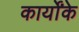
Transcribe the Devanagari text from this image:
कार्योंके